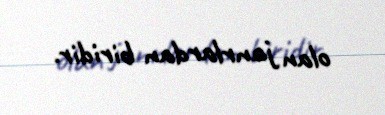
olan janrlardan biridir.